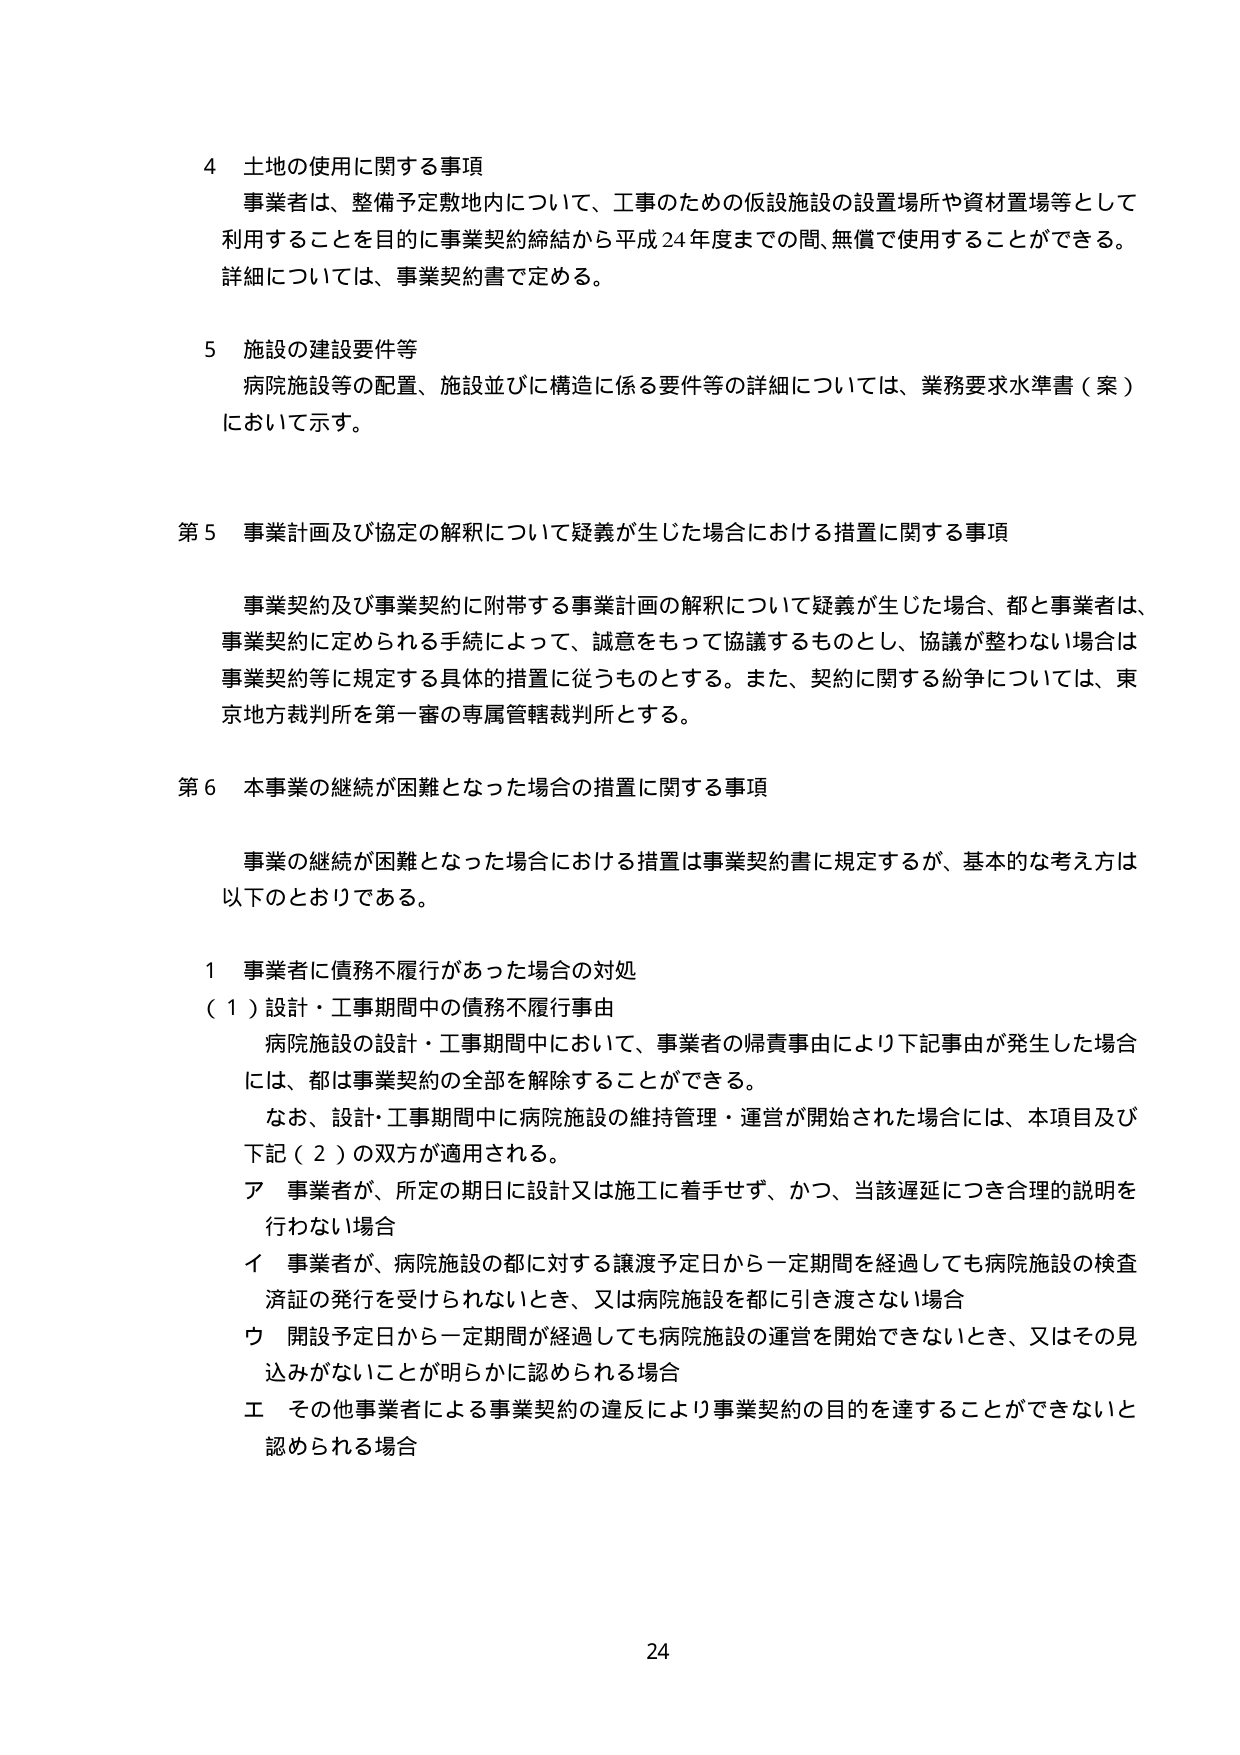
4 土地の使用に関する事項
事業者は、整備予定敷地内について、工事のための仮設施設の設置場所や資材置場等として利用することを目的に事業契約締結から平成24年度までの間、無償で使用することができる。詳細については、事業契約書で定める。

5 施設の建設要件等
病院施設等の配置、施設並びに構造に係る要件等の詳細については、業務要求水準書（案）において示す。

第5 事業計画及び協定の解釈について疑義が生じた場合における措置に関する事項
事業契約及び事業契約に附帯する事業計画の解釈について疑義が生じた場合、都と事業者は、事業契約に定められる手続によって、誠意をもって協議するものとし、協議が整わない場合は事業契約等に規定する具体的措置に従うものとする。また、契約に関する紛争については、東京地方裁判所を第一審の専属管轄裁判所とする。

第6 本事業の継続が困難となった場合の措置に関する事項
事業の継続が困難となった場合における措置は事業契約書に規定するが、基本的な考え方は以下のとおりである。

1 事業者に債務不履行があった場合の対処
（1）設計・工事期間中の債務不履行事由
病院施設の設計・工事期間中において、事業者の帰責事由により下記事由が発生した場合には、都は事業契約の全部を解除することができる。
なお、設計・工事期間中に病院施設の維持管理・運営が開始された場合には、本項目及び下記（2）の双方が適用される。
ア 事業者が、所定の期日に設計又は施工に着手せず、かつ、当該遅延につき合理的説明を行わない場合
イ 事業者が、病院施設の都に対する譲渡予定日から一定期間を経過しても病院施設の検査済証の発行を受けられないとき、又は病院施設を都に引き渡さない場合
ウ 開設予定日から一定期間が経過しても病院施設の運営を開始できないとき、又はその見込みがないことが明らかに認められる場合
エ その他事業者による事業契約の違反により事業契約の目的を達することができないと認められる場合

24